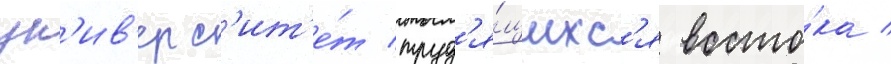
ун'ив'ерс'ит'е́т труд'я́щихс'я восто́ка /